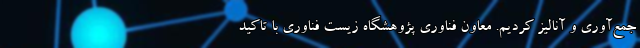
جمع‌آوری و آنالیز کردیم. معاون فناوری پژوهشگاه زیست فناوری با تاکید